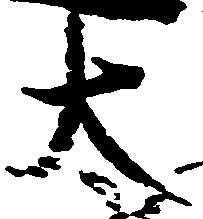
大